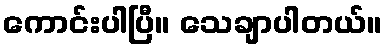
ကောင်းပါပြီ။ သေချာပါတယ်။